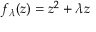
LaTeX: f _ { \lambda } ( z ) = z ^ { 2 } + \lambda z